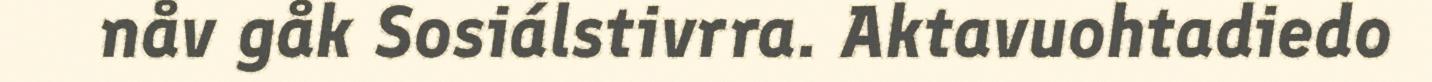
nåv gåk Sosiálstivrra. Aktavuohtadiedo